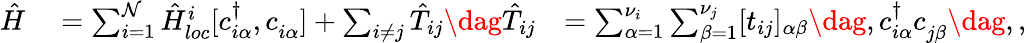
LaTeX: \begin{array}{rlr}{\hat{H}}&{{}=\sum_{i=1}^{\mathcal{N}}\hat{H}_{loc}^{i}[c_{i\alpha}^{\dagger},c_{i\alpha}^{\phantom{\dagger}}]+\sum_{i\neq j}\hat{T}_{ij}\dag\hat{T}_{ij}}&{=\sum_{\alpha=1}^{\nu_{i}}\sum_{\beta=1}^{\nu_{j}}[t_{ij}]_{\alpha\beta}\dag,c_{i\alpha}^{\dagger}c_{j\beta}^{\phantom{\dagger}}\dag,,}\end{array}